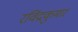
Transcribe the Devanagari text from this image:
रविंद्रकुमार